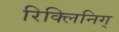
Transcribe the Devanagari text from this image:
रिक्लिनिग्